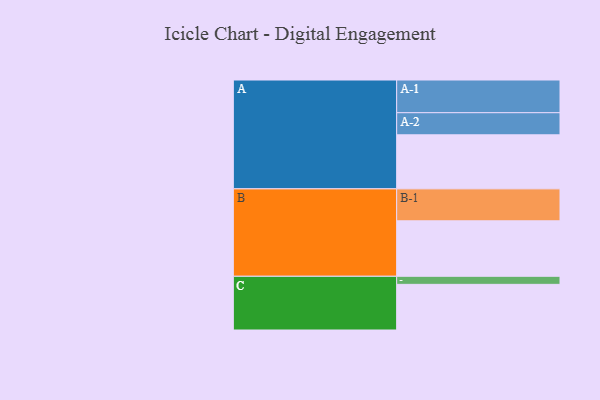
{"axis": {"x": "Segment", "y": "Value"}, "legend": ["", "A", "B", "C"], "data": [{"x": "A", "y": 489, "type": ""}, {"x": "B", "y": 502, "type": ""}, {"x": "C", "y": 413, "type": ""}, {"x": "A-1", "y": 296, "type": "A"}, {"x": "A-2", "y": 200, "type": "A"}, {"x": "B-1", "y": 289, "type": "B"}, {"x": "C-1", "y": 73, "type": "C"}]}